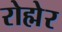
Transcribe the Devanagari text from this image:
रोह्मेर